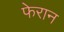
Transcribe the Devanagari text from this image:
फेरान